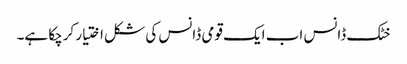
خٹک ڈانس اب ایک قومی ڈانس کی شکل اختیار کرچکا ہے۔